Civil Veterinary Department Bihar & Orissa reports 1922-29 - 1922-1929
Year: 1922
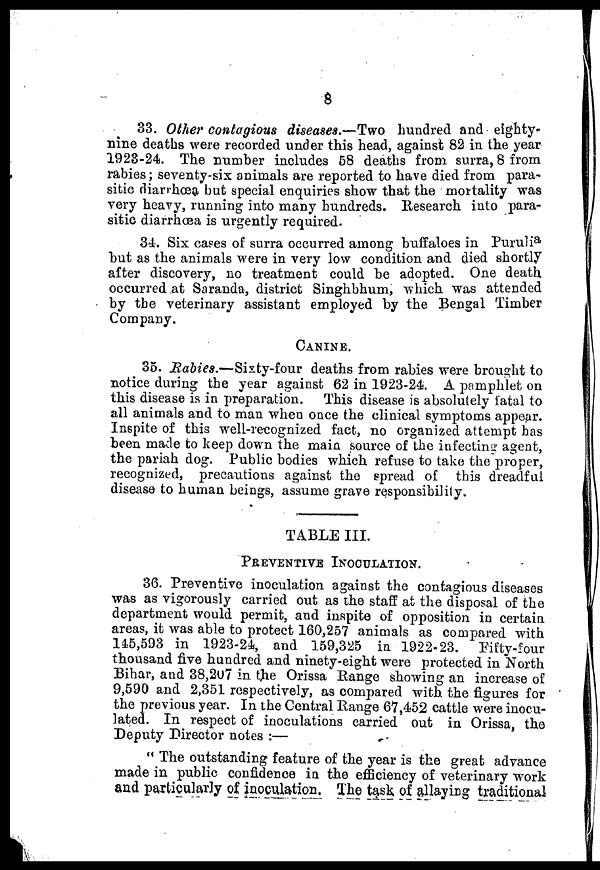
8
33. Other contagious diseases.—Two hundred and eighty-
nine deaths were recorded under this head, against 82 in the year
1923-24. The number includes 58 deaths from surra, 8 from
rabies; seventy-six animals are reported to have died from para-
sitic diarrhoea but special enquiries show that the mortality was
very heavy, running into many hundreds, Research into para-
sitic diarrhoea is urgently required.
34. Six cases of surra occurred among buffaloes in Purulia
but as the animals were in very low condition and died shortly
after discovery, no treatment could be adopted. One death
occurred at Saranda, district Singhbhum, which was attended
by the veterinary assistant employed by the Bengal Timber
Company.
CANINE.
35. Rabies.—Sixty-four
deaths from rabies were brought to
notice during the year against 62 in 1923-24. A pamphlet on
this disease is in preparation. This disease is absolutely fatal to
all animals and to man when once the clinical symptoms appear.
Inspite of this well-recognized fact, no organized attempt has
been made to keep down the main source of the infecting agent,
the pariah dog. Public bodies which refuse to take the proper,
recognized, precautions against the spread of this dreadful
disease to human beings, assume grave responsibility.
TABLE III.
PREVENTIVE INOCULATION.
36. Preventive inoculation against the contagious diseases
was as vigorously carried out as the staff at the disposal of the
department would permit, and inspite of opposition in certain
areas, it was able to protect 160,257 animals as compared with
145,593 in 1923-24, and 159,325 in 1922-23.
Fifty-four
thousand five hundred and ninety-eight were protected in North
Bihar, and 38,207 in the Orissa Range showing an increase of
9,590 and 2,351 respectively, as compared with the figures for
the previous year. In the Central Range 67,452 cattle were inocu-
lated. In respect of inoculations carried out in Orissa, the
Deputy Director notes :—
" The outstanding feature of the year is the great advance
made in public confidence in the efficiency of veterinary work
and particularly of inoculation. The task of allaying traditional